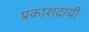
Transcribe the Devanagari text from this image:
प्रकाशदायी